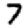
Digit: 7